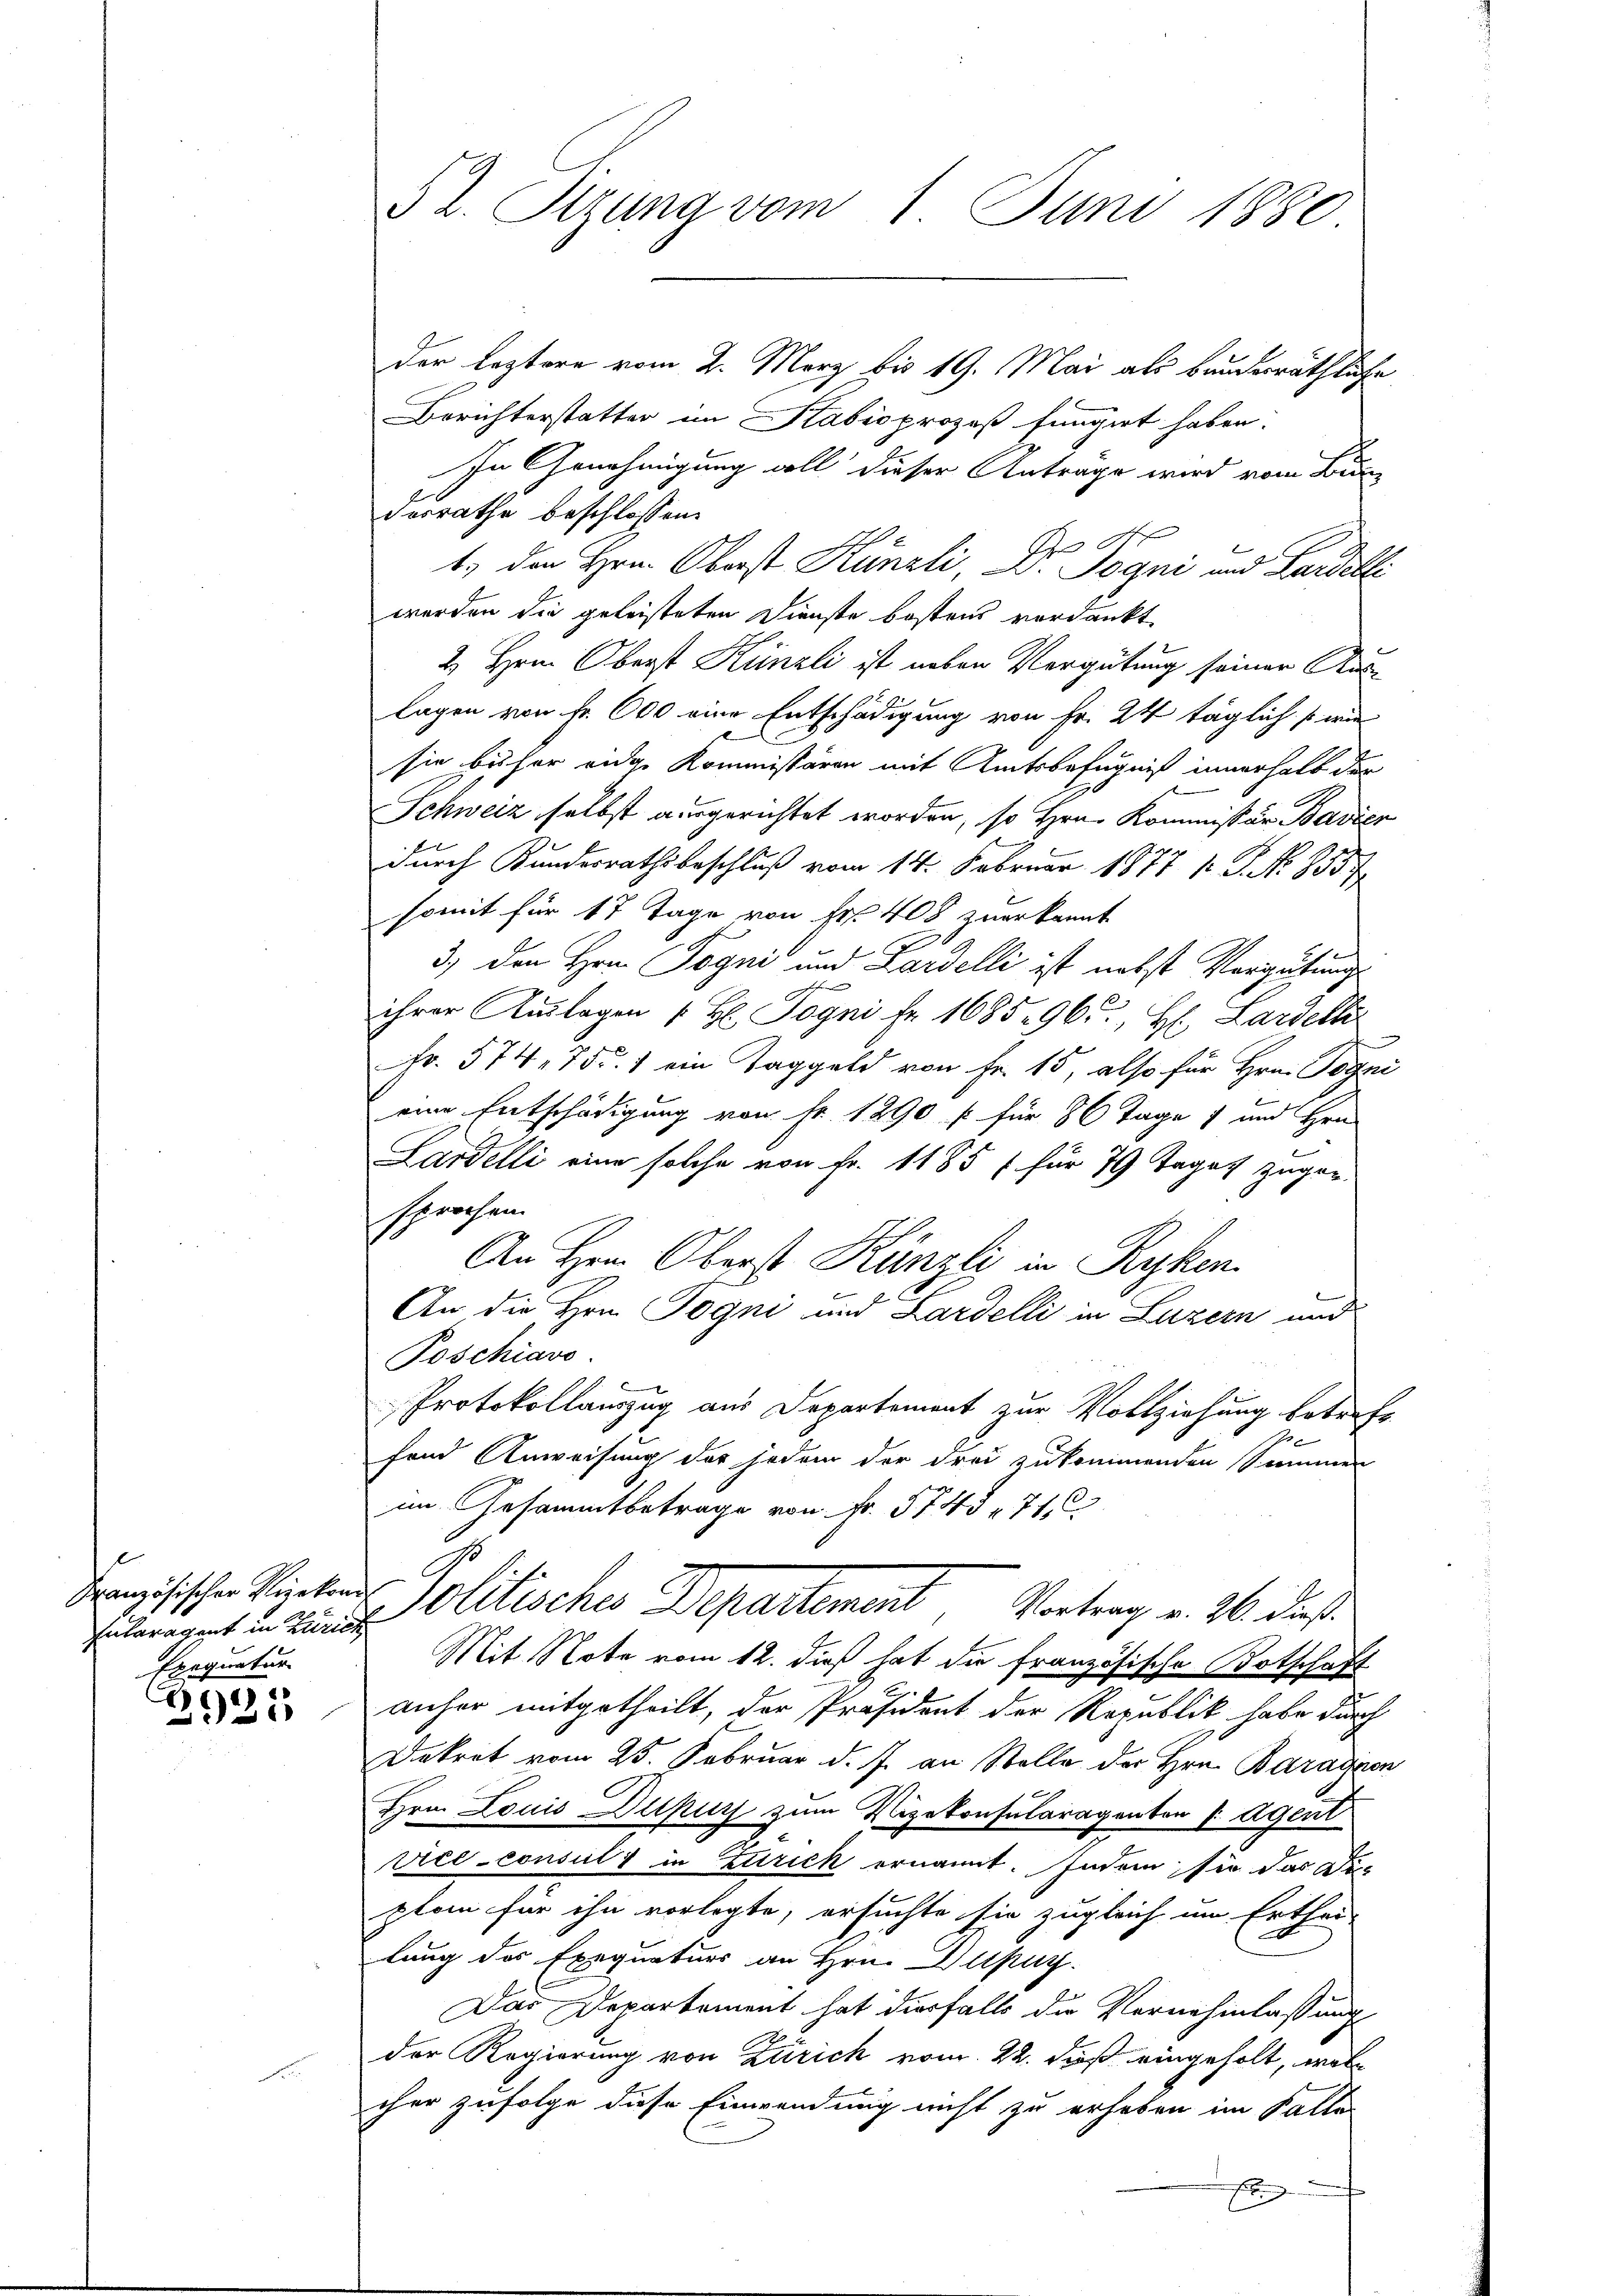
Französischer Vizekon
Entaragent in Zürich
Exequatur

2925

§ 2. Sitzung vom 1 Juni 1880.

der leztere vom 2. März bis 19. Mai als bruderräthliche
Berichterstatter im Kabioprozeß fungirt haben.
In Genehmigung voll dieser Antrage wird vom Bun
derrathe beschlossen:
S
1.) Den Hrn. Oberst Künzli, D. Sogni und Lardelli
werden die geleisteten Dienste kostens verdankt.
2 Hrn. Oberst Künzli ist neben Vergütung seiner Auslagen von Fr. 600 eine Entschädigung von Fr. 24 täglich so wie
l
.
sie bisher eidge Kommissären mit Amtsbefugniß innerhalb der
Schweiz selbst ausgerichtet worden, so Hrn. Kommissär Bavier
durch Kundesrathsbeschluß vom 14. Februar 1877 1 S. N. 8557
somit für 17 Tage von Fr. 408 zuerkannt
2
3.) den Hrn. Pogni und Zardelli ist nebst Vergütungs
ihrer Auslagen H. Pogni fr. 1685. 96. Hl. Lardelk
.
Fr. 574, 755. 1 ein Taggeld von Fr. 15, also für Hrn. Togni
eine Entschädigung von Fr. 1290 f für 8 Tage 7 und Hrn.
Lardelli eine solche von Fr. 1185 f für 79 Tages zugeg
sprochen.
An Hrn. Oberst Künzli in Ryken.
An die Hrn. Pogni und Lardelli in Luzern und
Poschiavo
Protokollauszug aus Departement zur Vollziehung betreff
fend Anweisung der jedem der drei zukommenden Sammen
im Gesammtbetrage von Fr. 5743. 712
Solitische Departement, Vortrag v. 26. dies
Mit Note vom 12. dieß hat die französische Botschaft
anher mitgetheilt, der Präsident der Republik habe durch
Dekret vom 25. Februar d. J. an Stelle der Hrn. Baradien
Hrn. Louis Dupurs zum Vizekonsularagenten Agent
rice-consul in Zurick ernannt. Indem sie das Dic
plan für ihn vorlegte, ersuchte sie zugleich im Erthei-
lung des Exequaturs an Hrn. Dupuy
Das Departement hat diesfalls die Vernehmlassung
der Regierung von Zürich vom 22. dieß eingeholt, wel
cher zufolge diese Einwendung nicht zu erheben im Falle
E